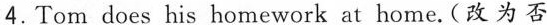
4. Tom does his homework at home.(改为否